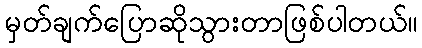
မှတ်ချက်ပြောဆိုသွားတာဖြစ်ပါတယ်။